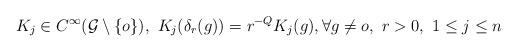
LaTeX: \begin{align*} K_j \in C^{\infty}(\mathcal G \setminus \{o\}), \ K_j(\delta_r(g)) = r^{-Q} K_j(g), \forall g \neq o, \ r > 0, \ 1 \leq j \leq n\end{align*}